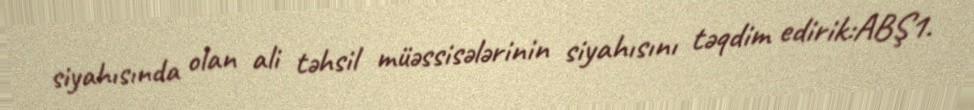
siyahısında olan ali təhsil müəssisələrinin siyahısını təqdim edirik:ABŞ1.